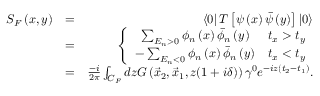
\begin{array} { r l r } { S _ { F } \left( x , y \right) } & { = } & { \left< 0 \right| T \left[ \psi \left( x \right) \bar { \psi } \left( y \right) \right] \left| 0 \right> } \\ & { = } & { \left\{ \begin{array} { c c } { \sum _ { E _ { n } > 0 } \phi _ { n } \left( x \right) \bar { \phi } _ { n } \left( y \right) } & { t _ { x } > t _ { y } } \\ { - \sum _ { E _ { n } < 0 } \phi _ { n } \left( x \right) \bar { \phi } _ { n } \left( y \right) } & { t _ { x } < t _ { y } } \end{array} \right. } \\ & { = } & { \frac { - i } { 2 \pi } \int _ { C _ { F } } d z G \left( \vec { x } _ { 2 } , \vec { x } _ { 1 } , z ( 1 + i \delta ) \right) \gamma ^ { 0 } e ^ { - i z \left( t _ { 2 } - t _ { 1 } \right) } . } \end{array}